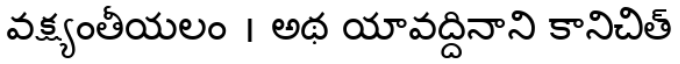
వక్ష్యంతీయలం । అథ యావద్దినాని కానిచిత్